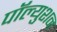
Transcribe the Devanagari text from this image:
पॉल्युशन